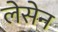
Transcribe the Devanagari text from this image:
लेसेन